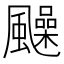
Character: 𩙈